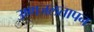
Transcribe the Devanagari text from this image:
उष्णजलतापन